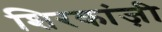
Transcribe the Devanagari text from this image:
शिरकांज़ी